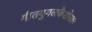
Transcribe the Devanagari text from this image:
गीतयुगलकैशोरकः